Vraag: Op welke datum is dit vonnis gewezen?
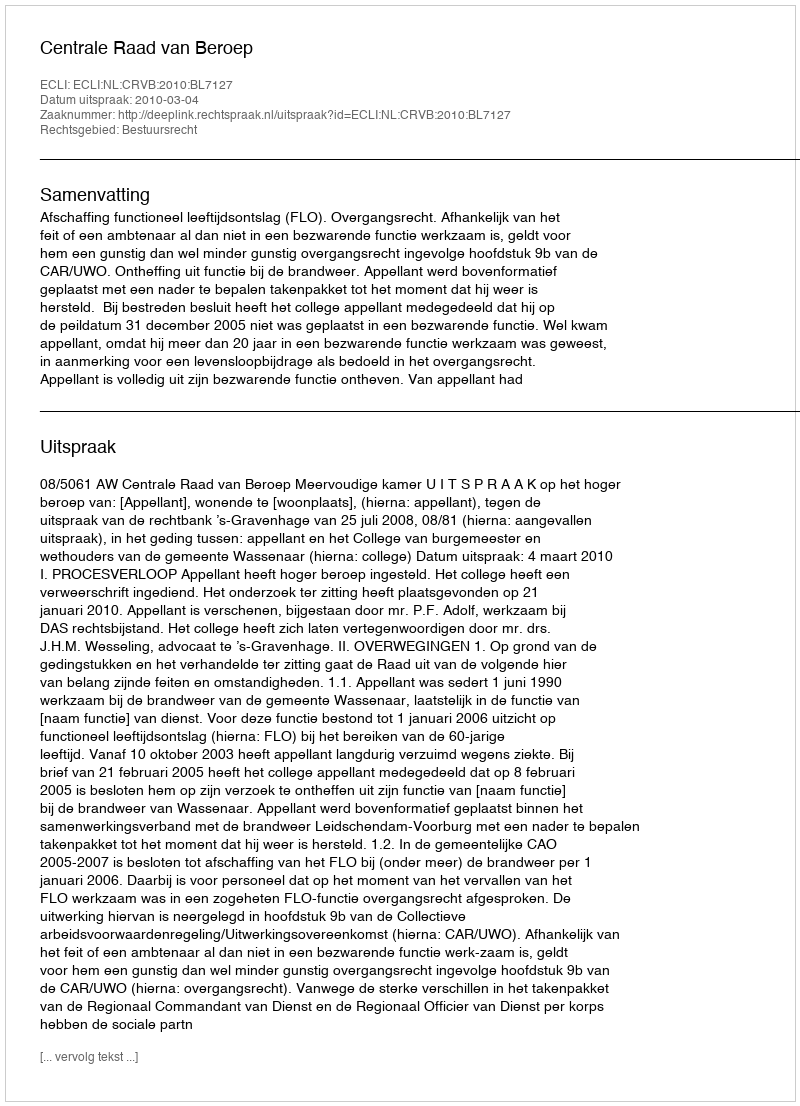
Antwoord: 2010-03-04